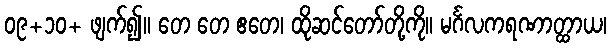
၀၉+၁၀+ ဖျက်၍။ တေ တေ ဧတေ၊ ထိုဆင်တော်တို့ကို။ မင်္ဂလကရဏာတ္ထာယ၊